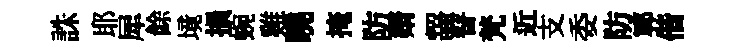
誅耶犀餘境損蜿雞曉掩防婿齧瞽梵近支委防鄆偕